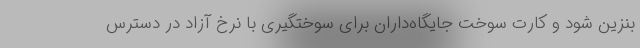
بنزین شود و کارت سوخت جایگاه‌داران برای سوختگیری با نرخ آزاد در دسترس